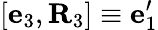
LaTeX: [{\mathbf e}_{3},{\mathbf R}_{3}]\equiv{\mathbf e}_{1}^{\prime}